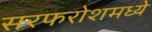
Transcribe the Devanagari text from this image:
सरफरोशमध्ये